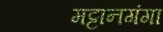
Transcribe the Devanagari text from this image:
मट्टानगंगा